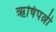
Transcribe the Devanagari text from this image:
ऋषिपत्नी